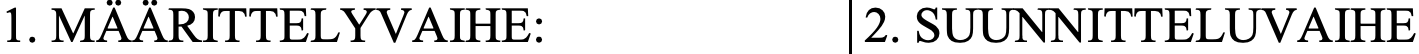
1. MÄÄRITTELYVAIHE:         2. SUUNNITTELUVAIHE